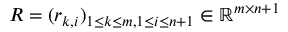
R = ( r _ { k , i } ) _ { 1 \leq k \leq m , 1 \leq i \leq n + 1 } \in \mathbb { R } ^ { m \times n + 1 }